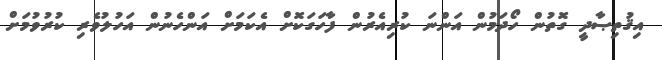
އިޤުތިޞާދީ ގޮތުން ހޯދަމުން އަންނަ ކުރިއެރުން ފާހަގަކޮށް އެކަމަށް އަންހެނުން އަހުލުވެރި ކުރުވުމަށް